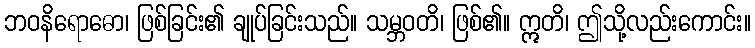
ဘဝနိရောဓော၊ ဖြစ်ခြင်း၏ ချုပ်ခြင်းသည်။ သမ္ဘဝတိ၊ ဖြစ်၏။ ဣတိ၊ ဤသို့လည်းကောင်း။